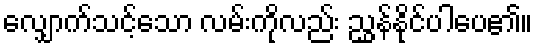
လျှောက်သင့်သော လမ်းကိုလည်း ညွှန်နိုင်ပါပေ၏။